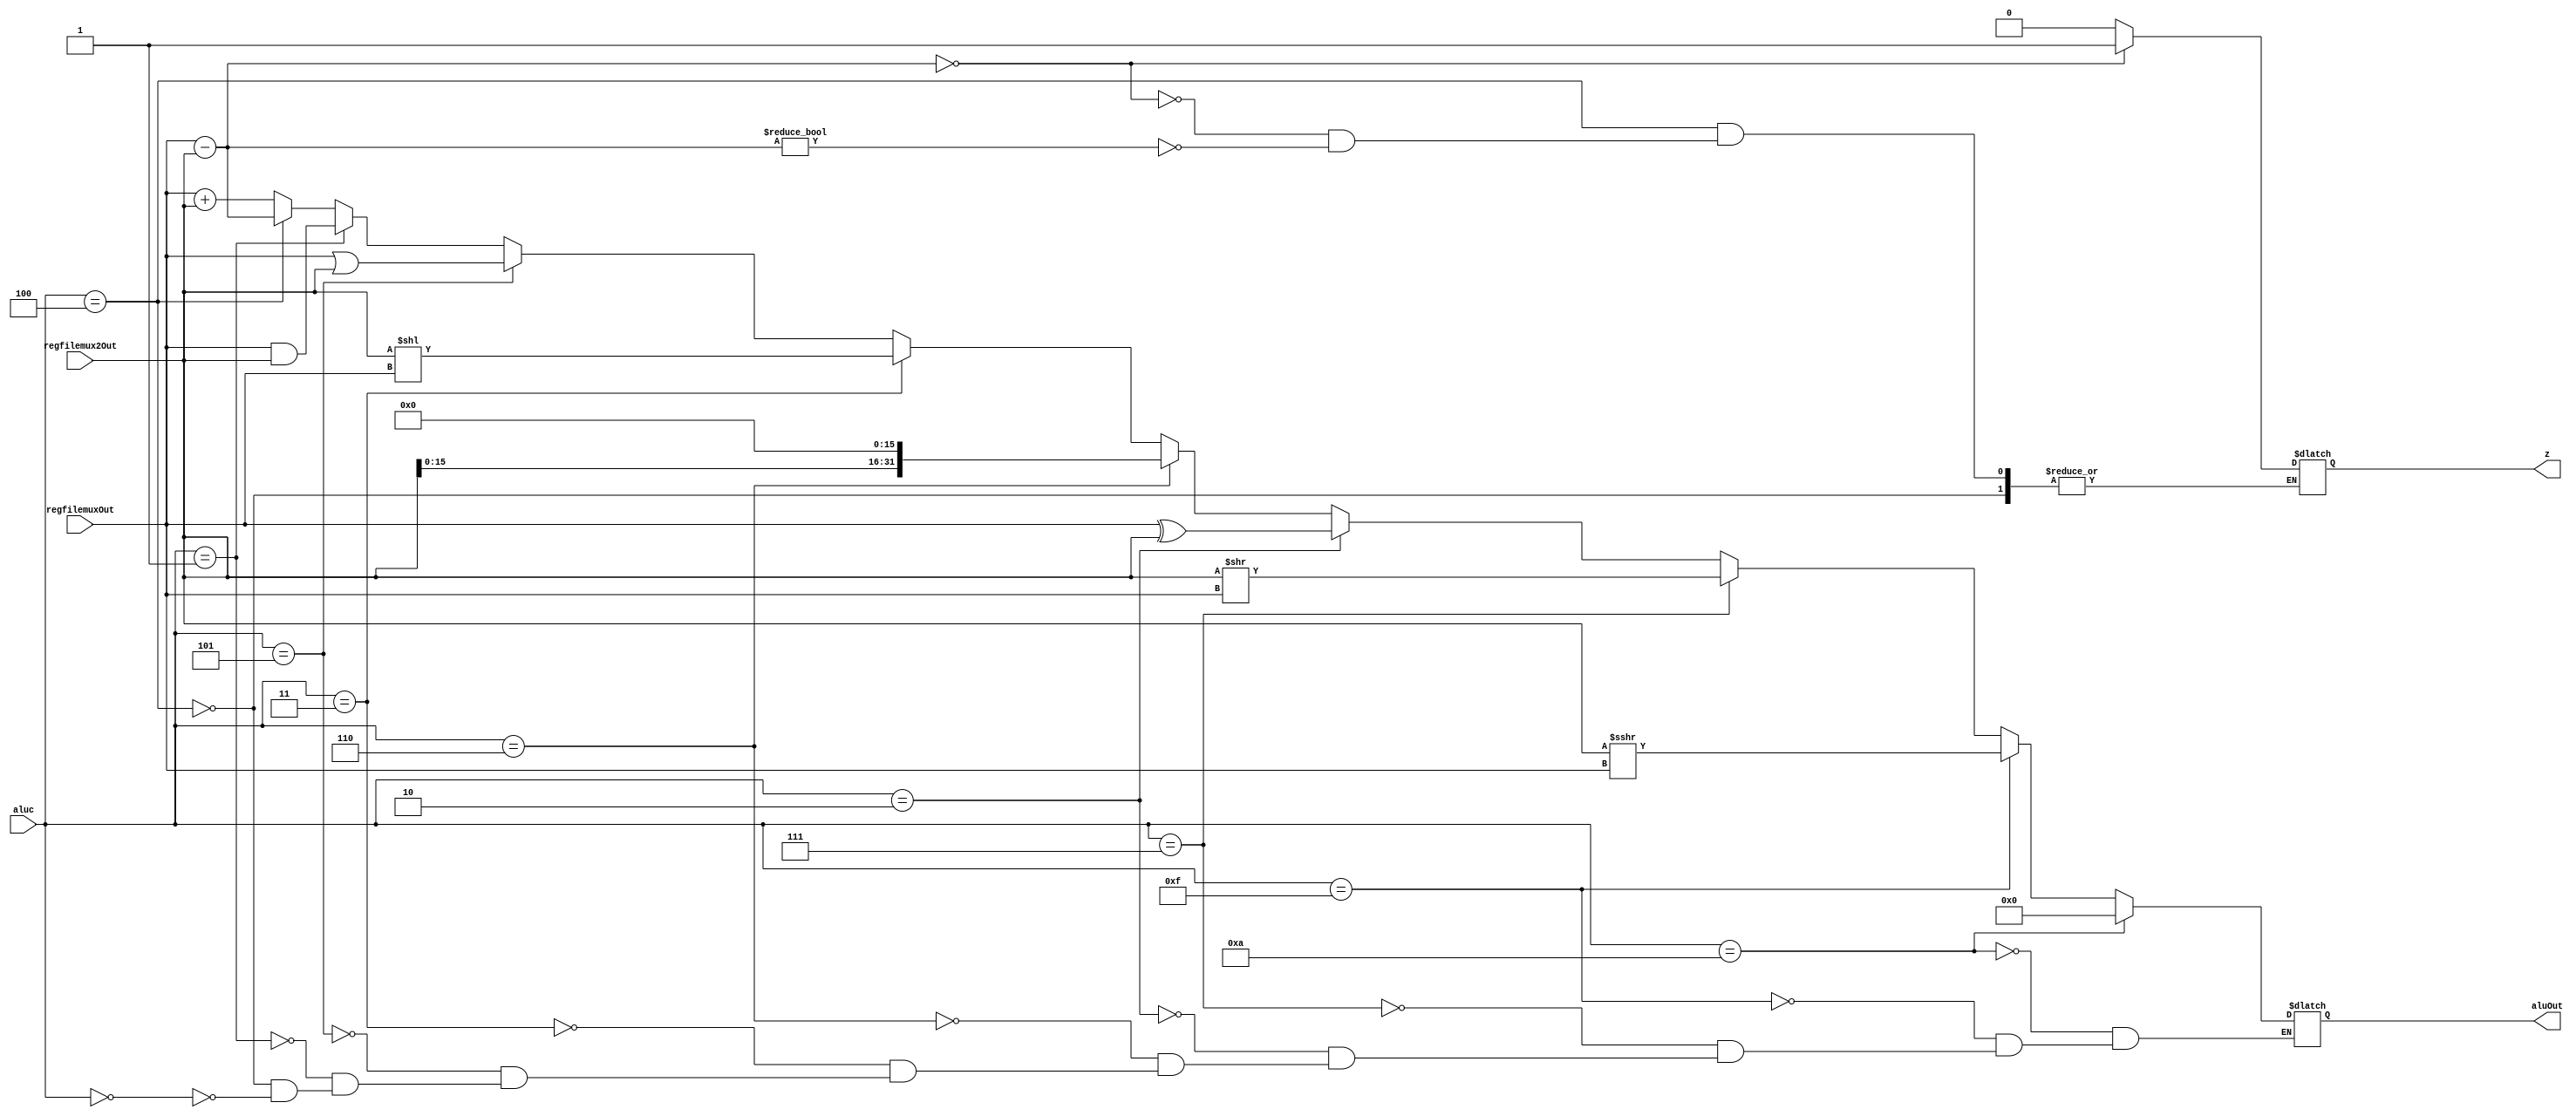
`timescale 1ns / 1ps

module ALU(regfilemuxOut, regfilemux2Out, aluc, z, aluOut);
    input [31:0] regfilemuxOut;  //rs or shift amount
    input [31:0] regfilemux2Out; //rt or imm
    input [3:0] aluc;
    output reg z;
    output reg [31:0] aluOut;
    
    always @(*) begin  
            if (aluc == 4'b0000) // add 
                aluOut = regfilemuxOut + regfilemux2Out;
            if (aluc == 4'b0100) begin // sub
                aluOut = regfilemuxOut - regfilemux2Out;
                if (aluOut == 32'b00000000) begin
                    z <= 1'b1;
                    end
                else if (aluOut != 32'b00000000) begin
                    z <= 1'b0;
                    end
                    end
            if (aluc == 4'b0001) // and
                aluOut = regfilemuxOut & regfilemux2Out;
             if (aluc == 4'b0101) // or
                aluOut = regfilemuxOut | regfilemux2Out;
             if (aluc == 4'b0011) //sll
                aluOut = regfilemux2Out << regfilemuxOut; 
             if (aluc == 4'b0110) //lui
                aluOut = regfilemux2Out << 16;
             if (aluc == 4'b0010) //xor
                aluOut = regfilemuxOut ^ regfilemux2Out;
             if (aluc == 4'b0111) //srl
                aluOut = regfilemux2Out >> regfilemuxOut;
             if (aluc == 4'b1111) //sra
                aluOut = regfilemux2Out >>> regfilemuxOut;
             if (aluc == 4'b1010) //ALU
                aluOut = 32'b0;
    end
endmodule